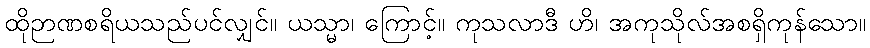
ထိုဉာဏစရိယသည်ပင်လျှင်။ ယသ္မာ၊ ကြောင့်။ ကုသလာဒီ ဟိ၊ အကုသိုလ်အစရှိကုန်သော။